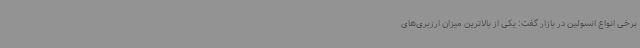
برخی انواع انسولین در بازار گفت: یکی از بالاترین میزان ارزبری‌های